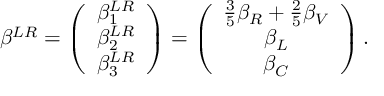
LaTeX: \beta ^ { L R } = \left( \begin{array} { c } { { \beta _ { 1 } ^ { L R } } } \\ { { \beta _ { 2 } ^ { L R } } } \\ { { \beta _ { 3 } ^ { L R } } } \end{array} \right) = \left( \begin{array} { c } { { \frac 3 5 \beta _ { R } + \frac 2 5 \beta _ { V } } } \\ { { \beta _ { L } } } \\ { { \beta _ { C } } } \end{array} \right) .